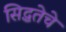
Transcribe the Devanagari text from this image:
सिद्धतेचे